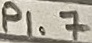
Text: P1.7